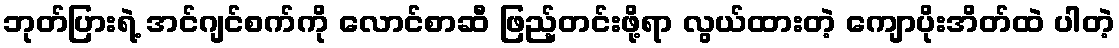
ဘုတ်ပြားရဲ့ အင်ဂျင်စက်ကို လောင်စာဆီ ဖြည့်တင်းဖို့ရာ လွယ်ထားတဲ့ ကျောပိုးအိတ်ထဲ ပါတဲ့